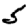
Digit: 5